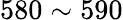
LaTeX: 580\sim 590